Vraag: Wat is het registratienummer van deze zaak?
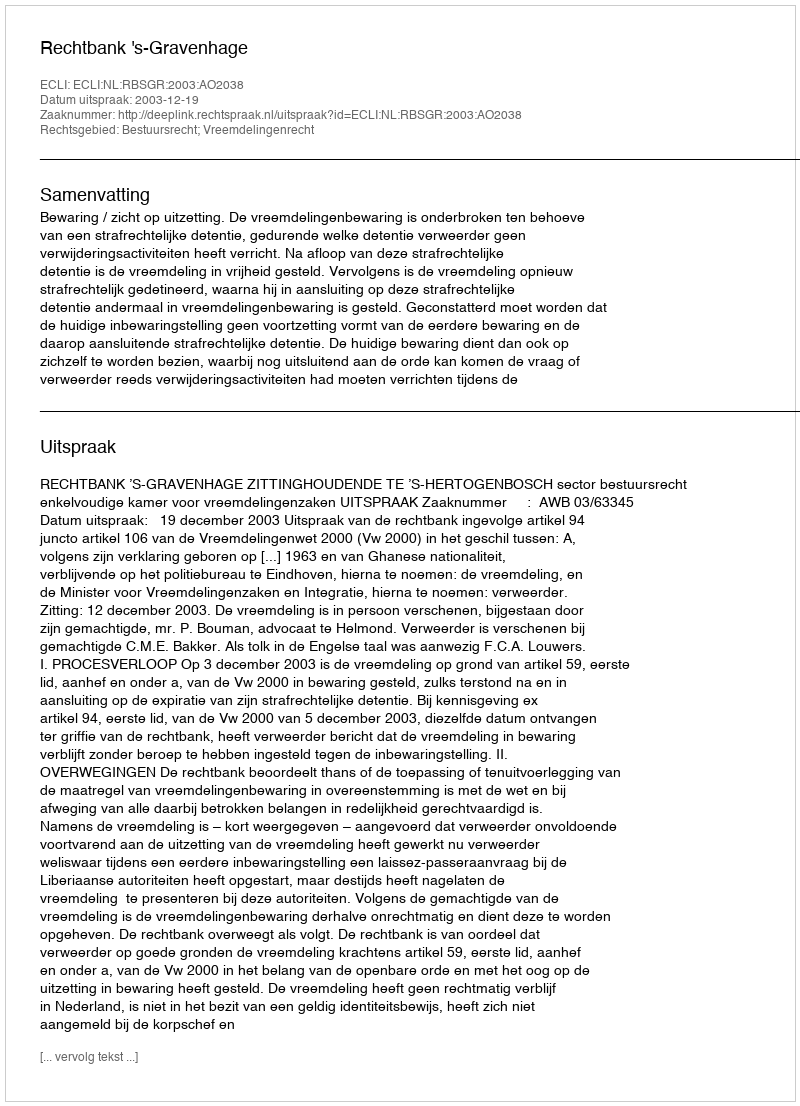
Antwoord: http://deeplink.rechtspraak.nl/uitspraak?id=ECLI:NL:RBSGR:2003:AO2038